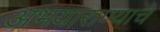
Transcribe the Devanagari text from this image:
अभयाराण्याचे